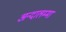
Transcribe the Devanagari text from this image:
अन्दालम्मा